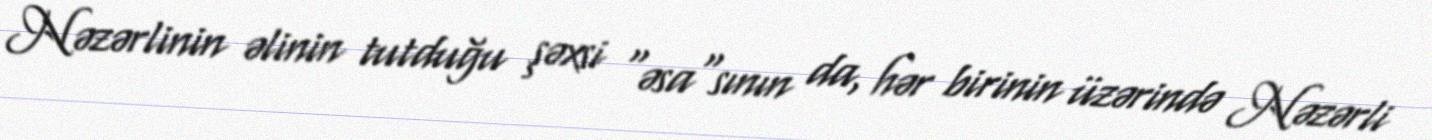
Nəzərlinin əlinin tutduğu şəxsi "əsa"sının da, hər birinin üzərində Nəzərli